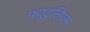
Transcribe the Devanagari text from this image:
फ्यूडलिज्म